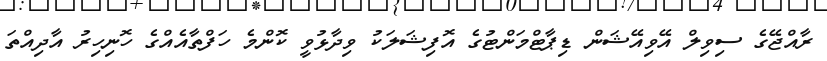
ރާއްޖޭގެ ސިވިލް އޭވިއޭޝަން ޑިޕާޓްމަންޓުގެ އޮފިޝަލަކު ވިދާޅުވީ ކޮންމެ ހަފްތާއެއްގެ ހޮނިހިރު އާދިއްތަ